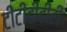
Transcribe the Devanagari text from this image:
टीटीटीटीटी